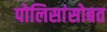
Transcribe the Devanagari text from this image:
पोलिसांसोबत